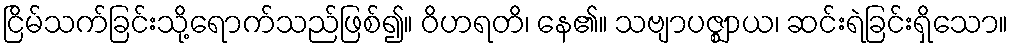
ငြိမ်သက်ခြင်းသို့ရောက်သည်ဖြစ်၍။ ဝိဟရတိ၊ နေ၏။ သဗျာပဇ္ဈာယ၊ ဆင်းရဲခြင်းရှိသော။